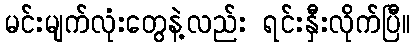
မင်းမျက်လုံးတွေနဲ့လည်း ရင်းနှီးလိုက်ပြီ။